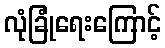
လုံခြုံရေးကြောင့်